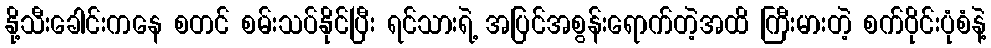
နို့သီးခေါင်းကနေ စတင် စမ်းသပ်နိုင်ပြီး ရင်သားရဲ့ အပြင်အစွန်းရောက်တဲ့အထိ ကြီးမားတဲ့ စက်ဝိုင်းပုံစံနဲ့